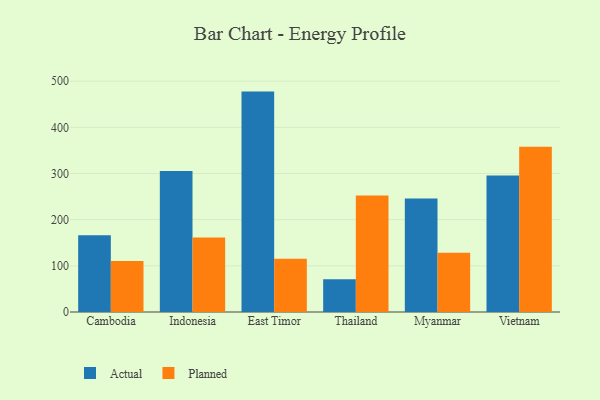
{"axis": {"x": "Country", "y": "Revenue (USD Million)"}, "legend": ["Actual", "Planned"], "data": [{"x": "Cambodia", "y": 166.4, "type": "Actual"}, {"x": "Cambodia", "y": 110.6, "type": "Planned"}, {"x": "Indonesia", "y": 305.2, "type": "Actual"}, {"x": "Indonesia", "y": 161.2, "type": "Planned"}, {"x": "East Timor", "y": 477.4, "type": "Actual"}, {"x": "East Timor", "y": 115.5, "type": "Planned"}, {"x": "Thailand", "y": 71.0, "type": "Actual"}, {"x": "Thailand", "y": 252.4, "type": "Planned"}, {"x": "Myanmar", "y": 246.1, "type": "Actual"}, {"x": "Myanmar", "y": 128.4, "type": "Planned"}, {"x": "Vietnam", "y": 295.9, "type": "Actual"}, {"x": "Vietnam", "y": 357.9, "type": "Planned"}]}